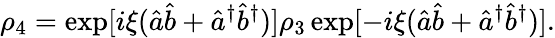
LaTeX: \rho_{4}=\exp[i\xi(\hat{a}\hat{b}+\hat{a}^{\dagger}\hat{b}^{\dagger})]\rho_{3}\exp[-i\xi(\hat{a}\hat{b}+\hat{a}^{\dagger}\hat{b}^{\dagger})].